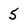
Character: 5